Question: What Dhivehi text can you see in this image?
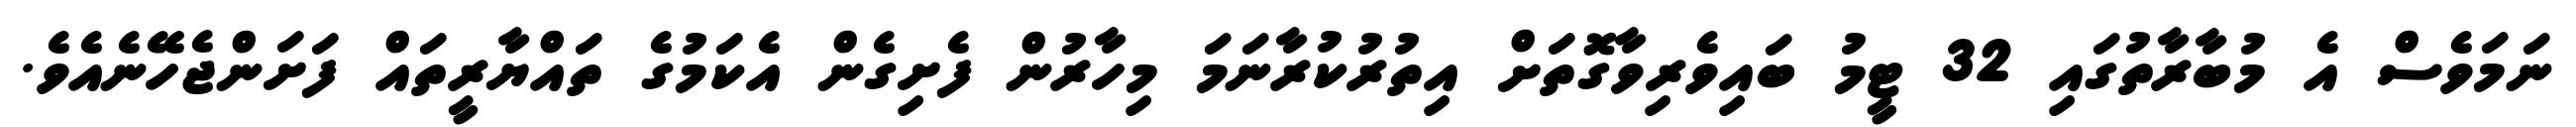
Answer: ނަމަވެސް އެ މުބާރާތުގައި 32 ޓީމު ބައިވެރިވާގޮތަށް އިތުރުކުރާނަމަ މިހާރުން ފެށިގެން އެކަމުގެ ތައްޔާރީތައް ފަށަންޖެހޭނެއެވެ.